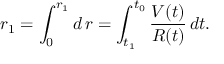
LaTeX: r _ { 1 } = \int _ { 0 } ^ { r _ { 1 } } d \, r = \int _ { t _ { 1 } } ^ { t _ { 0 } } \frac { V ( t ) } { R ( t ) } \, d t .